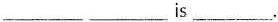
___ ___is___